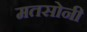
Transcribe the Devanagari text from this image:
मतसोनी